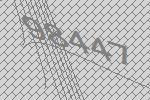
98447